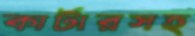
কার্টারসহ